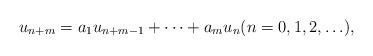
LaTeX: \begin{align*}u_{n+m}=a_1u_{n+m-1}+\cdots+a_mu_n (n=0,1,2,\ldots),\end{align*}